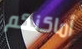
أماكنكم